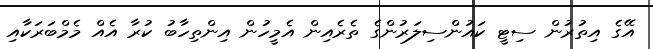
އޭގެ އިތުރުން ސިޓީ ކައުންސިލަރުންގެ ތެރެއިން އެމީހުން އިންތިހާބު ކުރާ އެއް މެމްބަރަކާއި